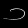
Digit: ၁